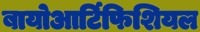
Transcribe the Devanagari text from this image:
बायोआर्टिफिशियल